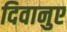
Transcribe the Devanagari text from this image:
दिवानुए